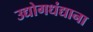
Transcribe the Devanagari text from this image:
उद्योगधंद्याना